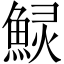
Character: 𱆲